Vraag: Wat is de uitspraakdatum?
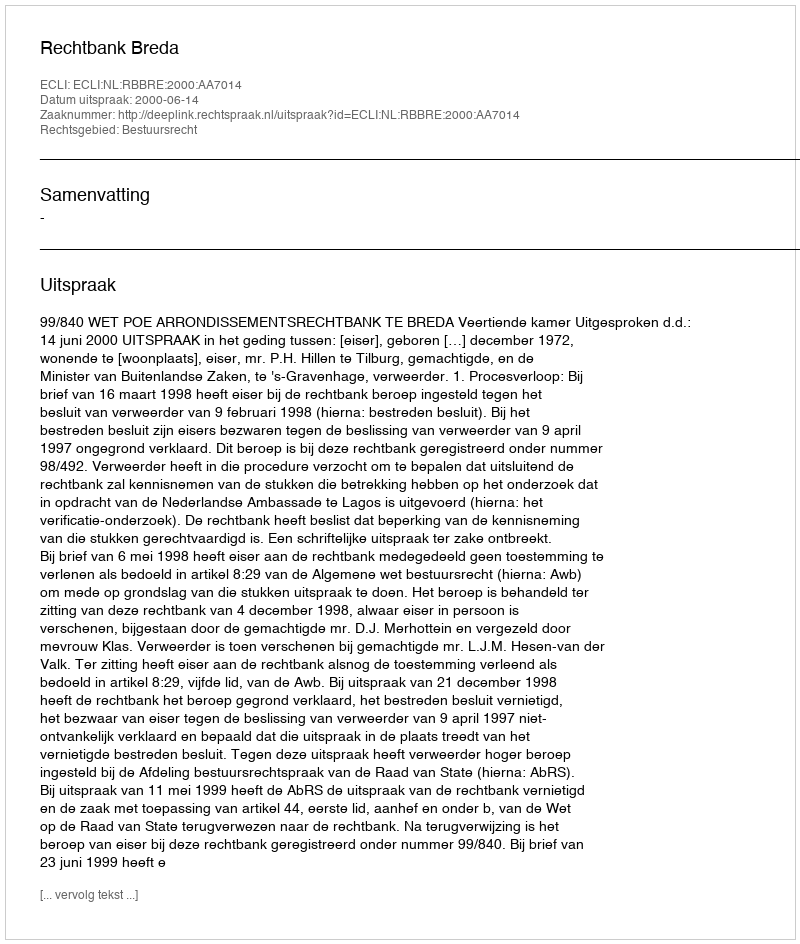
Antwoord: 2000-06-14